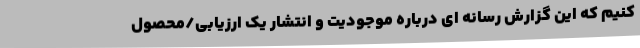
کنیم که این گزارش رسانه ای درباره موجودیت و انتشار یک ارزیابی/محصول